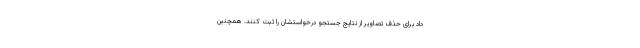
داد برای حذف تصاویر از نتایج جستجو درخواستشان را ثبت کنند. همچنین